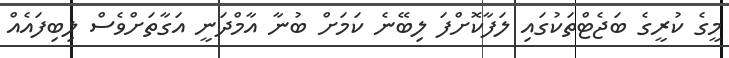
މީގެ ކުރީގެ ބަޖެޓްތަކުގައި ލަފާކޮށްފަ ލިބޭނެ ކަމަށް ބުނާ އާމްދަނީ އަގާތަށްވެސް ލިބިފައެއް